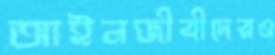
আইনজীবীদেরও